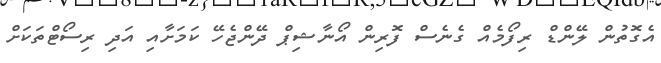
އެގޮތުން ލޭންޑް ރިފޯމެއް ގެނެސް ފޮރިން އޯނާޝިޕް ދޭންޖެހޭ ކަމަށާއި އަދި ރިސޯޓްތަކަށް